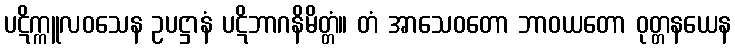
ပဋိက္ကူလဝသေန ဥပဋ္ဌာနံ ပဋိဘာဂနိမိတ္တံ။ တံ အာသေဝတော ဘာဝယတော ဝုတ္တနယေန